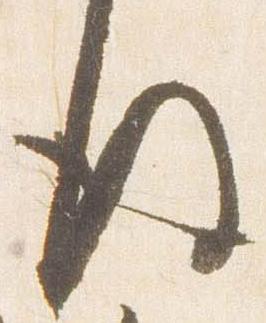
後